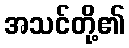
အသင်တို့၏